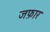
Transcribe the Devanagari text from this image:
जफ़ार